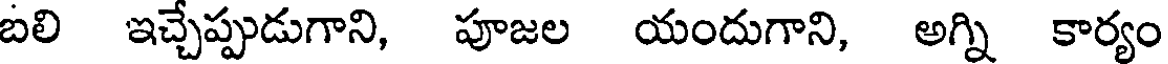
బలి ఇచ్చేప్పుడుగాని, పూజల యందుగాని, అగ్ని కార్యం